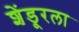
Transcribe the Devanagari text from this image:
शेंडूरला